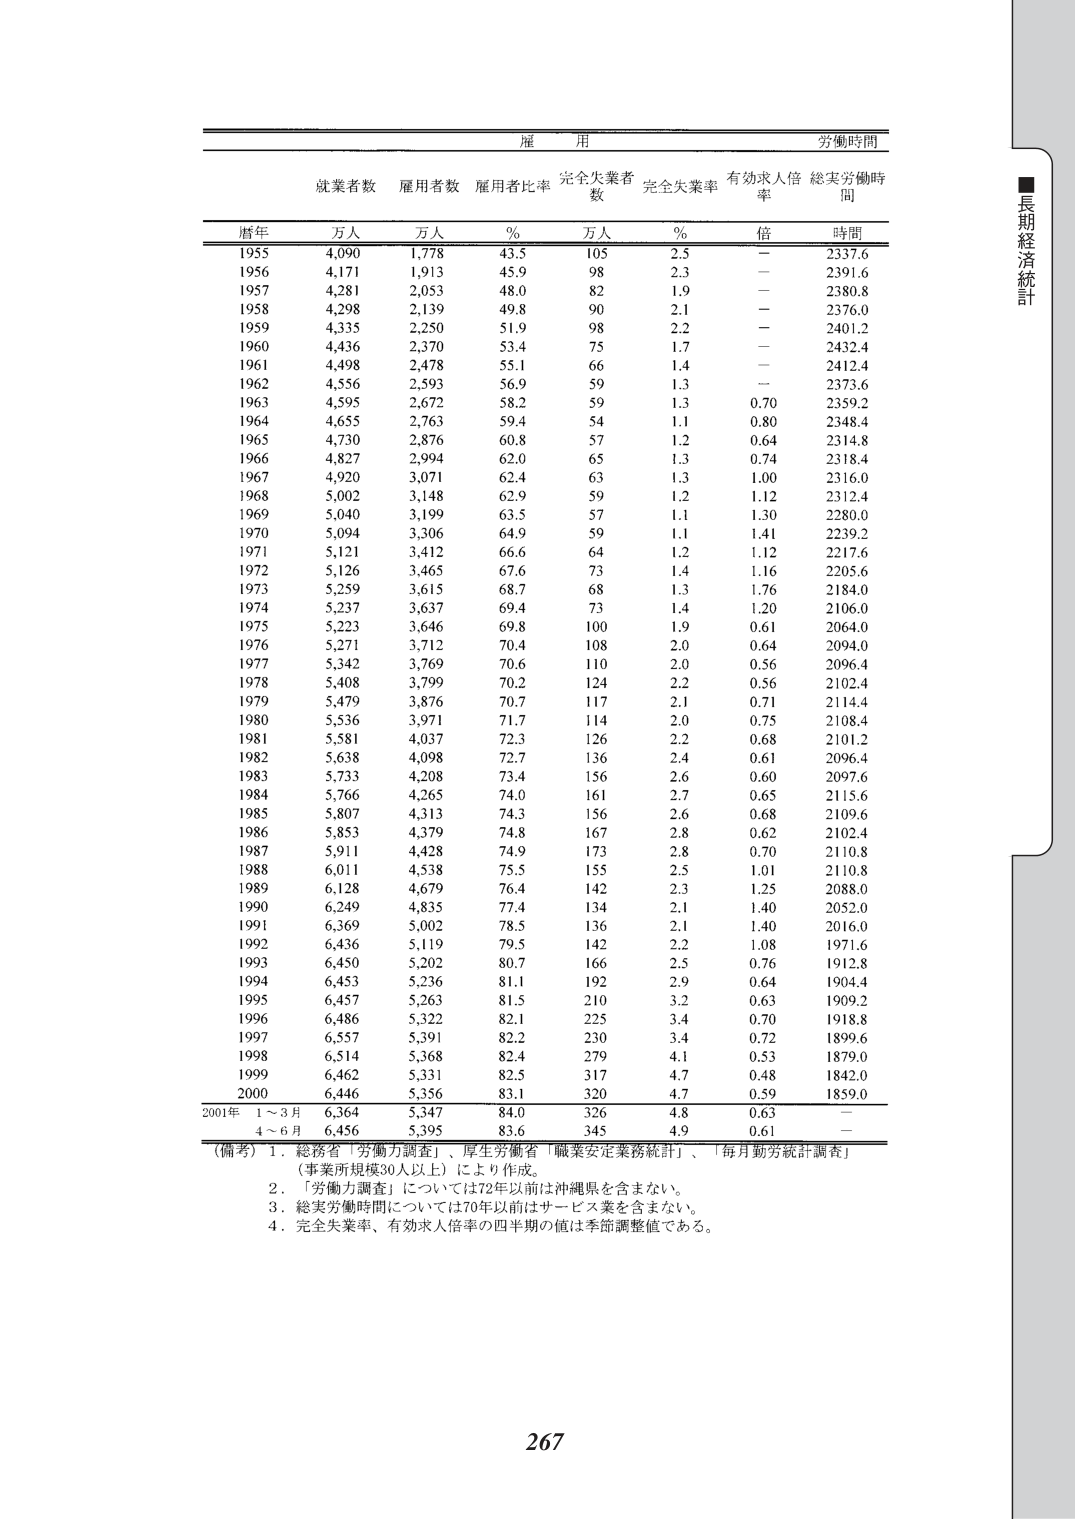
雇用 労働時間
就業者数 雇用者数 雇用者比率 完全失業者数 完全失業率 有効求人倍率 総実労働時間
暦年 万人 万人 % 万人 % 倍 時間
1955 4,090 1,778 43.5 105 2.5 — 2337.6
1956 4,171 1,913 45.9 98 2.3 — 2391.6
1957 4,281 2,053 48.0 82 1.9 — 2380.8
1958 4,298 2,139 49.8 90 2.1 — 2376.0
1959 4,335 2,250 51.9 98 2.2 — 2401.2
1960 4,436 2,370 53.4 75 1.7 — 2432.4
1961 4,498 2,478 55.1 66 1.4 — 2412.4
1962 4,556 2,593 56.9 59 1.3 — 2373.6
1963 4,595 2,672 58.2 59 1.3 0.70 2359.2
1964 4,655 2,763 59.4 54 1.1 0.80 2348.4
1965 4,730 2,876 60.8 57 1.2 0.64 2314.8
1966 4,827 2,994 62.0 65 1.3 0.74 2318.4
1967 4,920 3,071 62.4 63 1.3 1.00 2316.0
1968 5,002 3,148 62.9 59 1.2 1.12 2312.4
1969 5,040 3,199 63.5 57 1.1 1.30 2280.0
1970 5,094 3,306 64.9 59 1.1 1.41 2239.2
1971 5,121 3,412 66.6 64 1.2 1.12 2217.6
1972 5,126 3,465 67.6 73 1.4 1.16 2205.6
1973 5,259 3,615 68.7 68 1.3 1.76 2184.0
1974 5,237 3,637 69.4 73 1.4 1.20 2106.0
1975 5,223 3,646 69.8 100 1.9 0.61 2064.0
1976 5,271 3,712 70.4 108 2.0 0.64 2094.0
1977 5,342 3,769 70.6 110 2.0 0.56 2096.4
1978 5,408 3,799 70.2 124 2.2 0.56 2102.4
1979 5,479 3,876 70.7 117 2.1 0.71 2114.4
1980 5,536 3,971 71.7 114 2.0 0.75 2108.4
1981 5,581 4,037 72.3 126 2.2 0.68 2101.2
1982 5,638 4,098 72.7 136 2.4 0.61 2096.4
1983 5,733 4,208 73.4 156 2.6 0.60 2097.6
1984 5,766 4,265 74.0 161 2.7 0.65 2115.6
1985 5,807 4,313 74.3 156 2.6 0.68 2109.6
1986 5,853 4,379 74.8 167 2.8 0.62 2102.4
1987 5,911 4,428 74.9 173 2.8 0.70 2110.8
1988 6,011 4,538 75.5 155 2.5 1.01 2110.8
1989 6,128 4,679 76.4 142 2.3 1.25 2088.0
1990 6,249 4,835 77.4 134 2.1 1.40 2052.0
1991 6,369 5,002 78.5 136 2.1 1.40 2016.0
1992 6,436 5,119 79.5 142 2.2 1.08 1971.6
1993 6,450 5,202 80.7 166 2.5 0.76 1912.8
1994 6,453 5,236 81.1 192 2.9 0.64 1904.4
1995 6,457 5,263 81.5 210 3.2 0.63 1909.2
1996 6,486 5,322 82.1 225 3.4 0.70 1918.8
1997 6,557 5,391 82.2 230 3.4 0.72 1899.6
1998 6,514 5,368 82.4 279 4.1 0.53 1879.0
1999 6,462 5,331 82.5 317 4.7 0.48 1842.0
2000 6,446 5,356 83.1 320 4.7 0.59 1859.0
2001年 1～3月 6,364 5,347 84.0 326 4.8 0.63 —
　　　4～6月 6,456 5,395 83.6 345 4.9 0.61 —
（備考）1．総務省「労働力調査」、厚生労働省「職業安定業務統計」、「毎月勤労統計調査」
　　　　（事業所規模30人以上）により作成。
　　　2．「労働力調査」については72年以前は沖縄県を含まない。
　　　3．総実労働時間については70年以前はサービス業を含まない。
　　　4．完全失業率、有効求人倍率の四半期の値は季節調整値である。
■長期経済統計
267